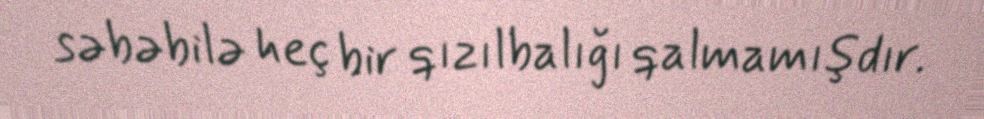
səbəbilə heç bir qızılbalığı qalmamışdır.